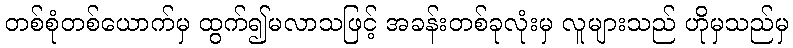
တစ်စုံတစ်ယောက်မှ ထွက်၍မလာသဖြင့် အခန်းတစ်ခုလုံးမှ လူများသည် ဟိုမှသည်မှ